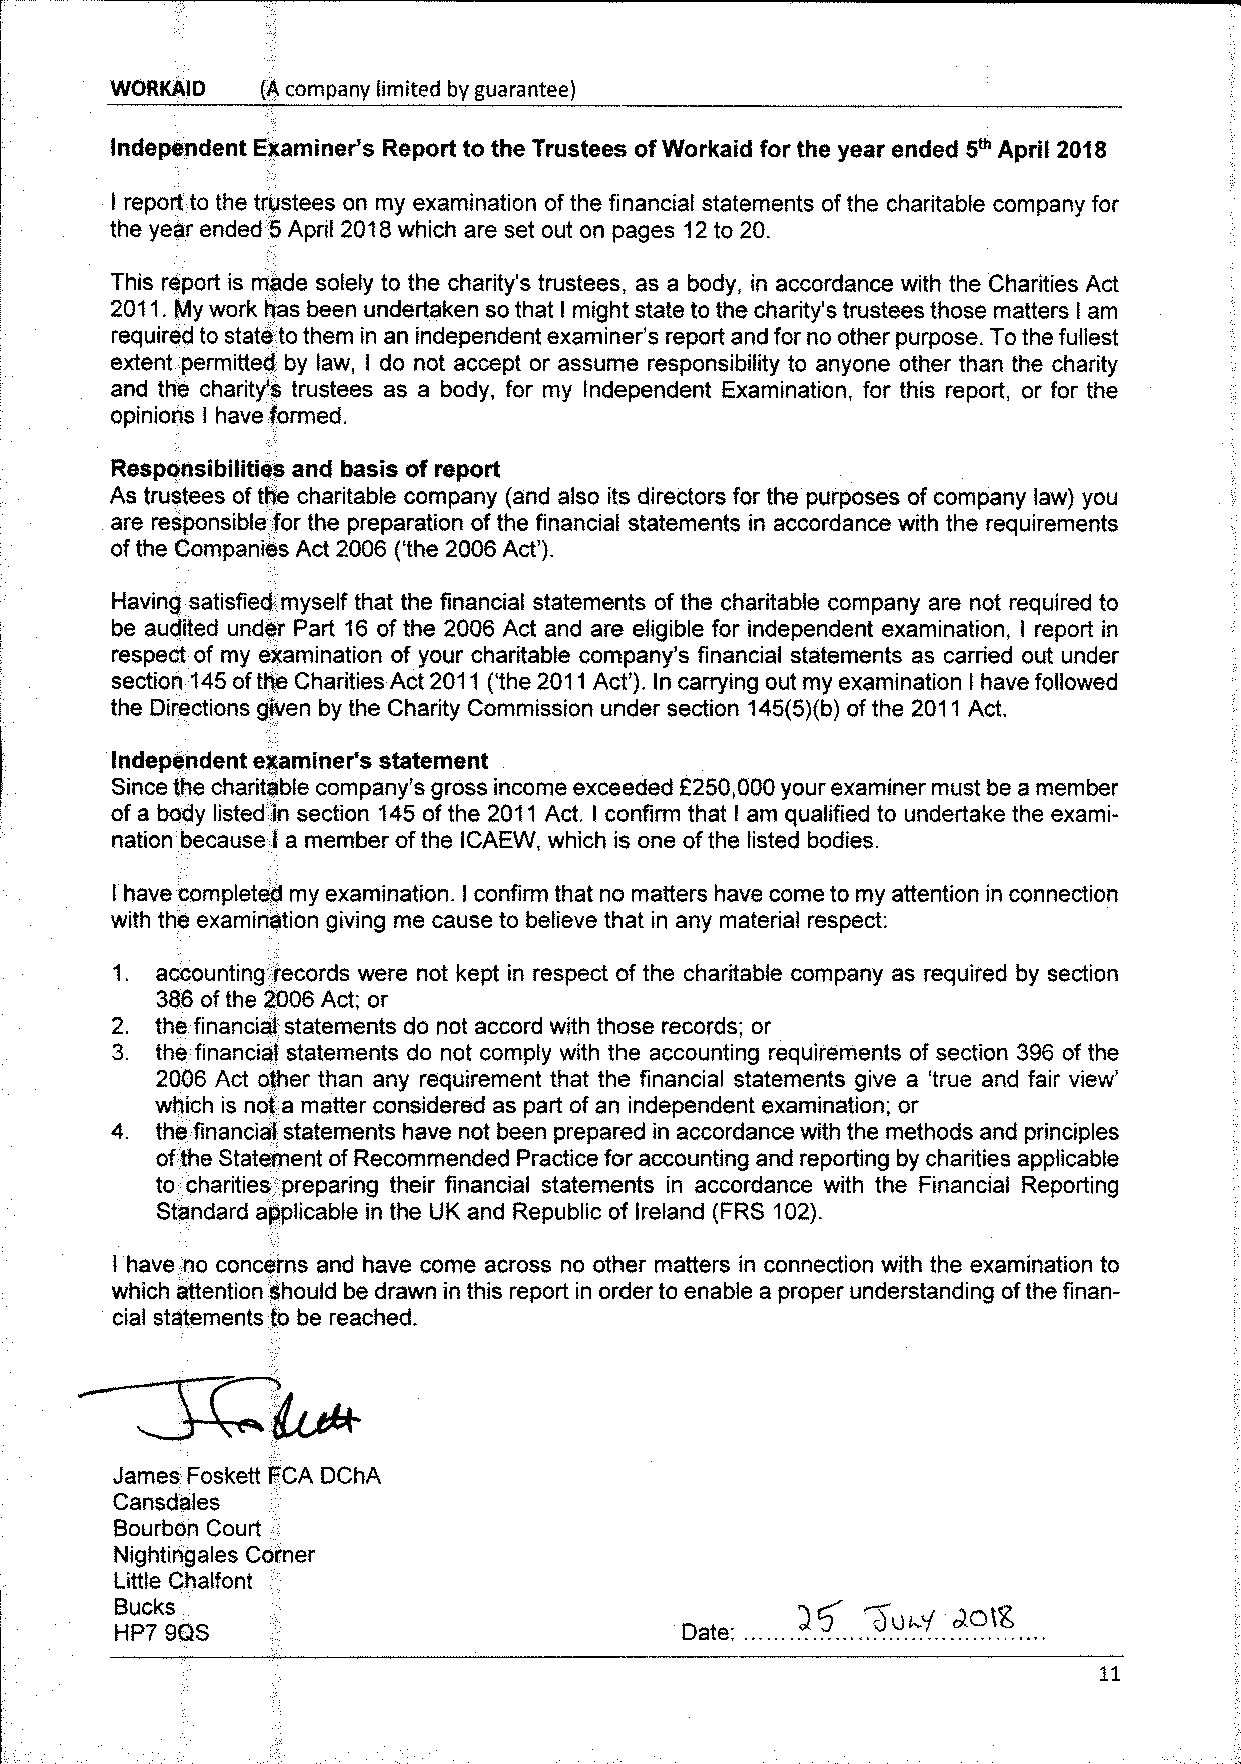
NORKAIO   (A company limited by guarantee)
 Independent Examiner's Report to the Trustees ofWorkaid for the year ended 5~ April 2018
 I report, to the trustees on my examination ofthe financial statements of the charitable company for
 the year ended 5April 2018which are set out on pages 12to 20.
 This report is made solely to the charity's trustees, as a body, in accordance with the Charities Act
 2011. My work has been undertaken so that I might state to the charity's trustees those matters I am
 required to state to them in an independent examiner's report and for no other purpose. Tothe fullest
 extent permitted by law, I do not accept or assume responsibility to anyone other than the charity
 and the charity's trustees as a body, for my Independent Examination, for this report, or for the
 opinions have formed.
 I
 Responsibilities and basis of report
 As trustees ofthe charitable company (and also its directors for the purposes ofcompany law) you
 are responsible for the preparation of the financial statements in accordance with the requirements
 ofthe Companies Act 2006 ('the 2006Act').
 Having satisfied myself that the financial statements ofthe charitable company are not required to
 be audited under Part 16 of the 2006 Act and are eligible for independent examination, I report in
 respect of my examination of your charitable company's financial statements as carried out under
 section 145ofthe Charities Act 2011('the 2011Act'). In carrying out my examination I have followed
 the Directions given by the Charity Commission under section 145(5)(b)ofthe 2011Act.
 Independent examiner's statement
 Since the charitable company's gross income exceeded F250,000your examiner must be a member
 of a body listed ln section 145of the 2011Act. I confirm that I am qualified to undertake the exami-
 nation because I a member ofthe ICAL, which is one ofthe listed bodies.
 I have completed my examination. I confirm that no matters have come to my attention in connection
 with the examination giving me cause to believe that in any material respect;
 1. accounting records were not kept in respect of the charitable company as required by section
 386 ofthe 2006 Act; or
 2. the financial statements do not accord with those records; or
 3, the financial statements do not comply with the accounting requirements of section 396 ofthe
 2006 Act other than any requirement that the financial statements give a 'true and fair view'
 which is not a matter considered as part of an independent examination; or
 4, the financial statements have not been prepared in accordance with the methods and principles
 ofthe Statement ofRecommended Practice for accounting and reporting by charities applicable
 to charities preparing their financial statements in accordance with the Financial Reporting
 Standard applicable in the UK and Republic of Ireland (FRS 102).
 I have no concerns and have come across no other matters in connection with the examination to
 which attention should be drawn in this report in order to enable a proper understanding ofthe finan-
 cial statements to be reached.
 James Foskett FCA DChA
 Cansdales
 Bourbon Court
 Nightingales Corner
 Little Chalfont
 Bucks
 gugy kntK
 HP7 9GS